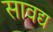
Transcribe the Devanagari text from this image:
सावद्य